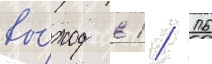
вы́ход в 1/ 16